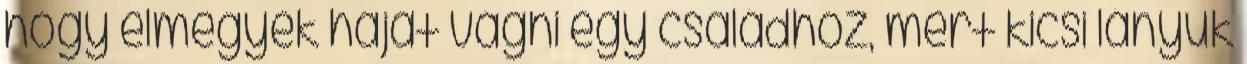
hogy elmegyek hajat vágni egy családhoz, mert kicsi lányuk